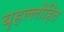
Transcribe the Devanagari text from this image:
बृहल्लोहित